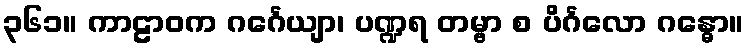
၃၆၁။ ကာဠာဝက ဂင်္ဂေယျာ၊ ပဏ္ဍရ တမ္ဗာ စ ပိင်္ဂလော ဂန္ဓော။